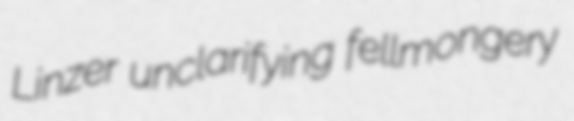
Linzer unclarifying fellmongery